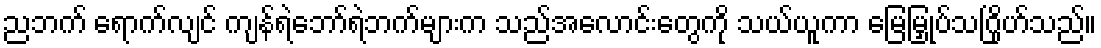
ညဘက် ရောက်လျင် ကျန်ရဲဘော်ရဲဘက်များက သည်အလောင်းတွေကို သယ်ယူကာ မြေမြှုပ်သဂြိုဟ်သည်။